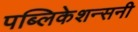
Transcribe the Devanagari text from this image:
पब्लिकेशन्सनी